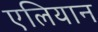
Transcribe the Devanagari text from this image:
एलियान